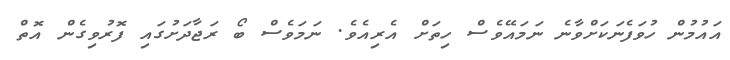
އައުމުން ހުވަފެނަކަށްވާނެ ނަމައޭވެސް ހިތަށް އެރިއެވެ. ނަމަވެސް ބޯ ރަޖާދަށުގައި ފޮރުވިގެން އޮތް